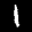
Label: 1